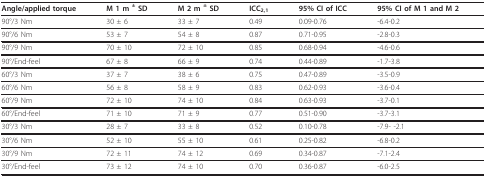
| Angle/applied torque | M 1 m ± SD | M 2 m ± SD | ICC2,1 | 95% CI of ICC | 95% CI of M 1 and M 2 |
 | --- | --- | --- | --- | --- | --- |
 | 90°/3 Nm | 30 ± 6 | 33 ± 7 | 0.49 | 0.09-0.76 | -6.4-0.2 |
 | 90°/6 Nm | 53 ± 7 | 54 ± 8 | 0.87 | 0.71-0.95 | -2.8-0.3 |
 | 90°/9 Nm | 70 ± 10 | 72 ± 10 | 0.85 | 0.68-0.94 | -4.6-0.6 |
 | 90°/End-feel | 67 ± 8 | 66 ± 9 | 0.74 | 0.44-0.89 | -1.7-3.8 |
 | 60°/3 Nm | 37 ± 7 | 38 ± 6 | 0.75 | 0.47-0.89 | -3.5-0.9 |
 | 60°/6 Nm | 56 ± 8 | 58 ± 9 | 0.83 | 0.62-0.93 | -3.6-0.4 |
 | 60°/9 Nm | 72 ± 10 | 74 ± 10 | 0.84 | 0.63-0.93 | -3.7-0.1 |
 | 60°/End-feel | 71 ± 10 | 71 ± 9 | 0.77 | 0.51-0.90 | -3.7-3.1 |
 | 30°/3 Nm | 28 ± 7 | 33 ± 8 | 0.52 | 0.10-0.78 | -7.9- -2.1 |
 | 30°/6 Nm | 52 ± 10 | 55 ± 10 | 0.61 | 0.25-0.82 | -6.8-0.2 |
 | 30°/9 Nm | 72 ± 11 | 74 ± 12 | 0.69 | 0.34-0.87 | -7.1-2.4 |
 | 30°/End-feel | 73 ± 12 | 74 ± 10 | 0.70 | 0.36-0.87 | -6.0-2.5 |